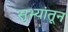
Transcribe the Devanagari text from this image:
सुभ्यांतून